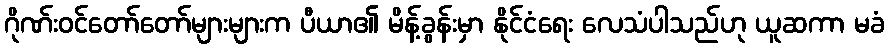
ဂိုဏ်းဝင်တော်တော်များများက ပီယာ၏ မိန့်ခွန်းမှာ နိုင်ငံရေး လေသံပါသည်ဟု ယူဆကာ မခံ